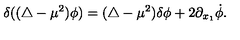
\delta ( ( \triangle - \mu ^ { 2 } ) \phi ) = ( \triangle - \mu ^ { 2 } ) \delta \phi + 2 \partial _ { x _ { 1 } } \dot { \phi } .